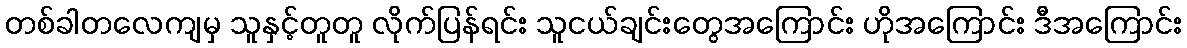
တစ်ခါတလေကျမှ သူနှင့်တူတူ လိုက်ပြန်ရင်း သူငယ်ချင်းတွေအကြောင်း ဟိုအကြောင်း ဒီအကြောင်း